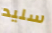
سليد